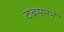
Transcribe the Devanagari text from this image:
टबमनने